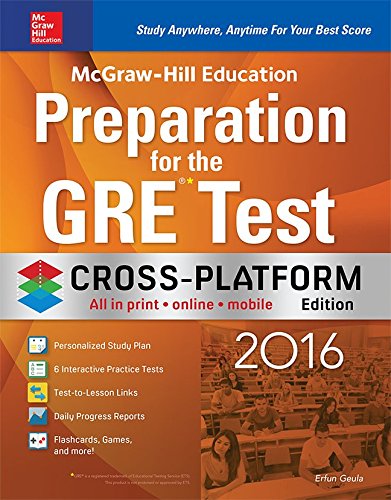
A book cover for McGraw-Hill Education Preparation for the GRE Test 2016, Cross-Platform Edition; Erfun Geula ; Test Preparation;